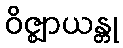
ဝိဇ္ဈာယန္တု